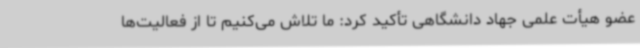
عضو هیأت علمی جهاد دانشگاهی تأکید کرد: ما تلاش می‌کنیم تا از فعالیت‌ها